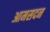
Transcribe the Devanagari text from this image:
आमसदन